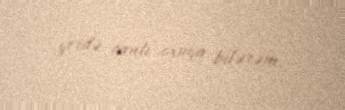
yerdə canlı oxuya bilərəm.